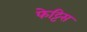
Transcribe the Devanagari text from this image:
फेट्टिस